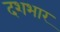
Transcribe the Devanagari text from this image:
दशभार